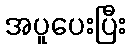
အပူပေးပြီး